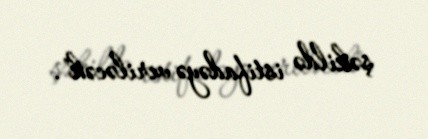
şəkildə istifadəyə veriləcək".